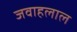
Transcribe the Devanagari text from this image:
जवाहलाल